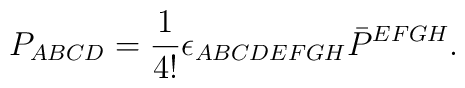
P_{ABCD}=\frac{1}{4!}\epsilon_{ABCDEFGH}\bar P^{EFGH}.